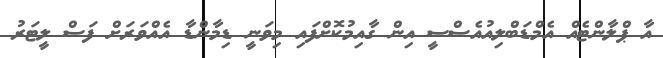
އާ ޕްލާންޓެއް އެމްޑަބްލިއުއެސްސީ އިން ގާއިމުކޮށްފައި މިވަނީ ޑިމާންޑާ އެއްވަރަށް ފަސް ލީޓަރު